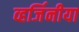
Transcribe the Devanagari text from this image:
व्हर्जिनीया